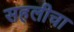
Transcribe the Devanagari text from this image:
सहलीचा